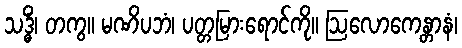
သဒ္ဓိံ၊ တကွ။ မဏိပဘံ၊ ပတ္တမြားရောင်ကို။ ဩလောကေန္တာနံ၊